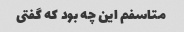
متاسفم این چه بود که گفتی